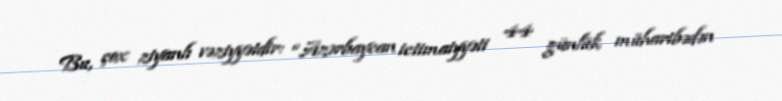
Bu, çox ziyanlı vəziyyətdir: “Azərbaycan ictimaiyyəti 44 günlük müharibədən